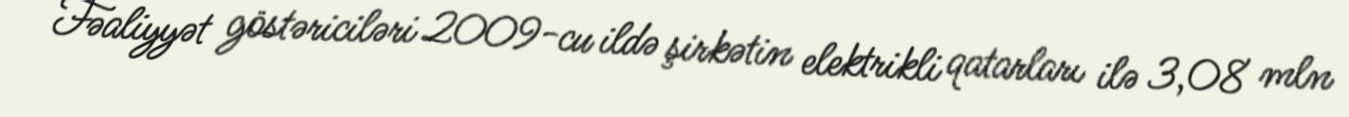
Fəaliyyət göstəriciləri 2009-cu ildə şirkətin elektrikli qatarları ilə 3,08 mln